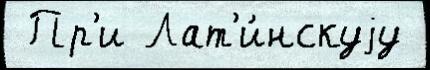
 Пр'и Лат'и́нскуjу